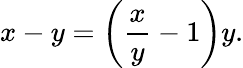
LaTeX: x-y=\left({\frac{x}{y}}-1\right)y.